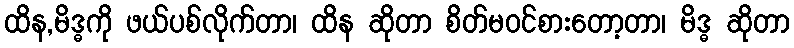
ထိန,မိဒ္ဓကို ဖယ်ပစ်လိုက်တာ၊ ထိန ဆိုတာ စိတ်မဝင်စားတော့တာ၊ မိဒ္ဓ ဆိုတာ